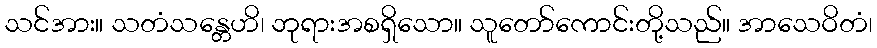
သင်အား။ သတံသန္တေဟိ၊ ဘုရားအစရှိသော။ သူတော်ကောင်းတို့သည်။ အာသေဝိတံ၊